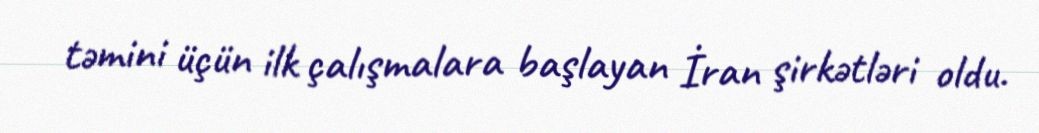
təmini üçün ilk çalışmalara başlayan İran şirkətləri oldu.